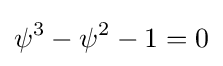
\psi ^{3}-\psi ^{2}-1=0